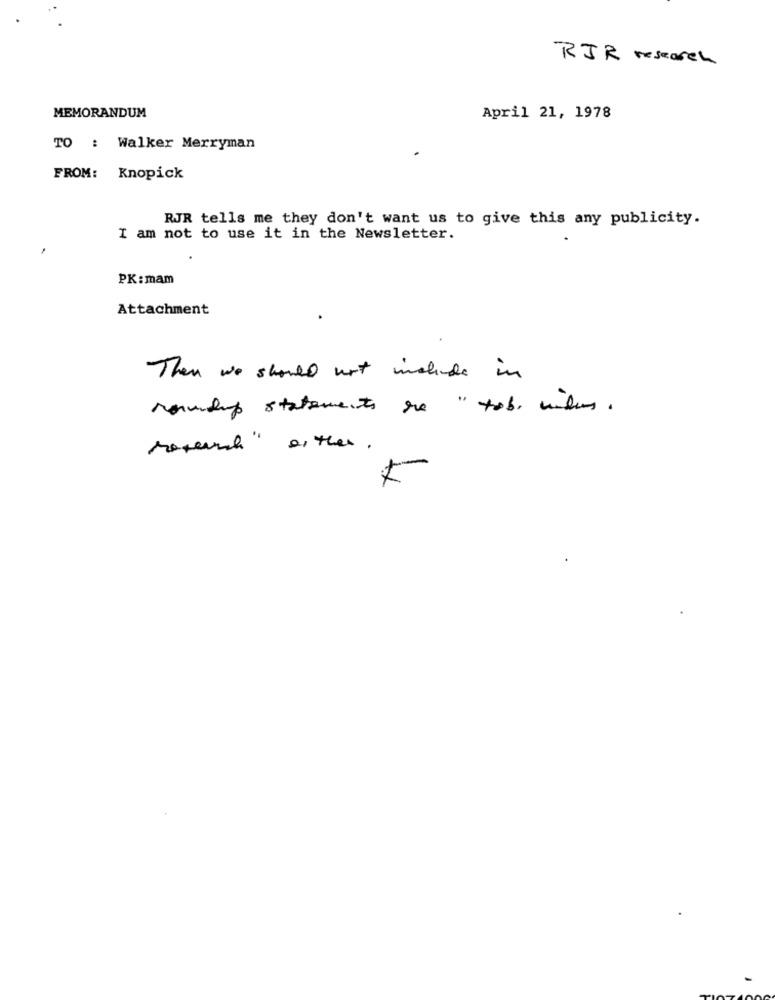
RJR research
MEMORANDUM
April 21, 1978
TO : Walker Merryman
FROM: Knopick
RJR tells me they don't want us to give this any publicity.
I am not to use it in the Newsletter.
PK:mam
Attachment
Then we should not include in
roundup statements se " tobe vitus.
research either .